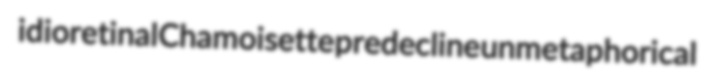
idioretinal Chamoisette predecline unmetaphorical